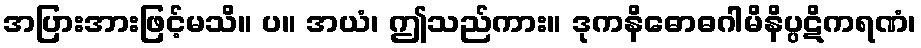
အပြားအားဖြင့်မသိ။ ပ။ အယံ၊ ဤသည်ကား။ ဒုကနိဓောဓဂါမိနိပ္ပဋိကရဏံ၊